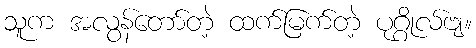
သူက အလွန်တော်တဲ့ ထက်မြက်တဲ့ ပုဂ္ဂိုလ်ဗျ။